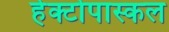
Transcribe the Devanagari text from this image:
हेक्टोपास्कल